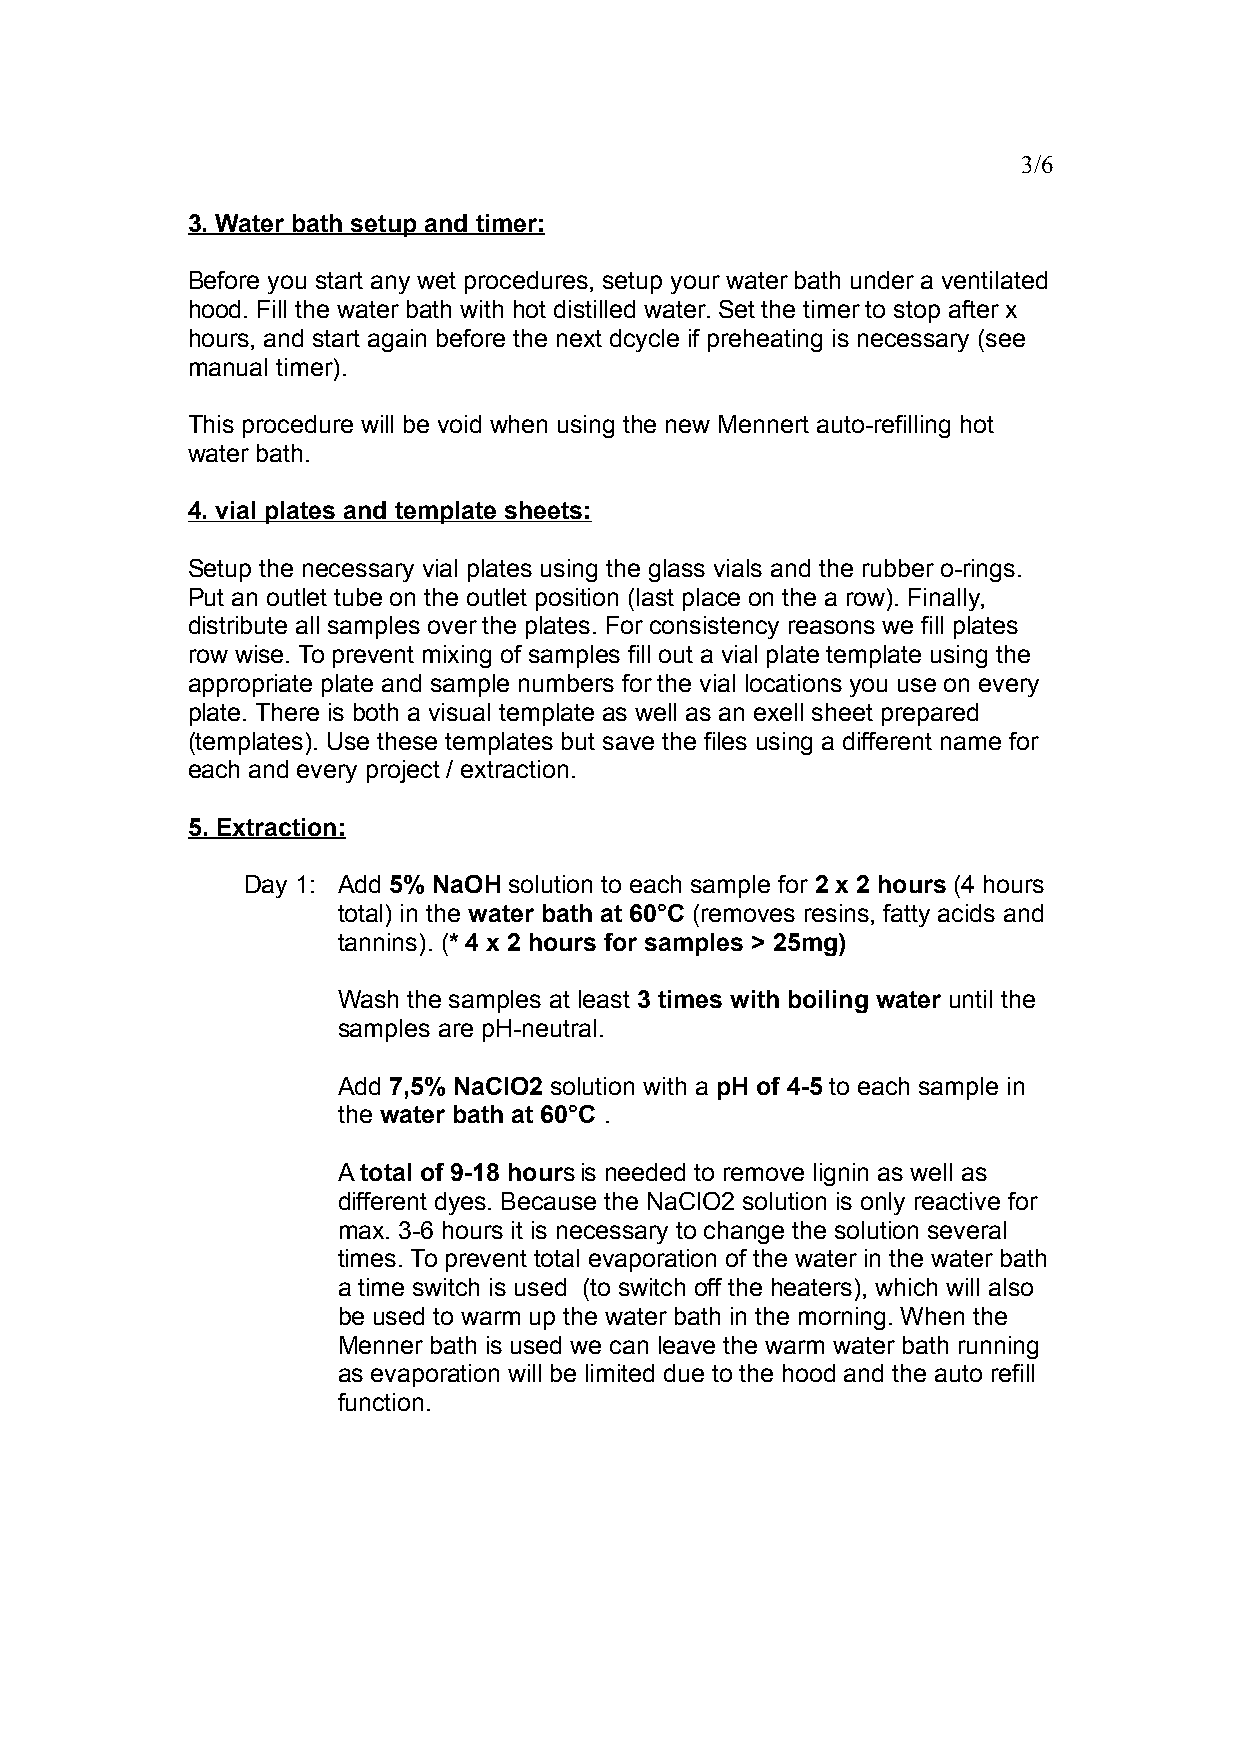
3/6
 3. Water bath setup and timer:
 Before you start any wet procedures, setup your water bath under a ventilated
 hood. Fill the water bath with hot distilled water. Set the timer to stop after x
 hours, and start again before the next dcycle if preheating is necessary (see
 manual timer).
 This procedure will be void when using the new Mennert auto-refilling hot
 water bath.
 4. vial plates and template sheets:
 Setup the necessary vial plates using the glass vials and the rubber o-rings.
 Put an outlet tube on the outlet position (last place on the a row). Finally,
 distribute all samples over the plates. For consistency reasons we fill plates
 row wise. To prevent mixing of samples fill out a vial plate template using the
 appropriate plate and sample numbers for the vial locations you use on every
 plate. There is both a visual template as well as an exell sheet prepared
 (templates). Use these templates but save the files using a different name for
 each and every project / extraction.
 5. Extraction:
 Day 1: Add 5% NaOH solution to each sample for 2 x 2 hours (4 hours
 total) in the water bath at 60°C (removes resins, fatty acids and
 tannins). (* 4 x 2 hours for samples > 25mg)
 Wash the samples at least 3 times with boiling water until the
 samples are pH-neutral.
 Add 7,5% NaClO2 solution with a pH of 4-5 to each sample in
 the water bath at 60°C .
 A total of 9-18 hoursis needed to remove lignin as well as
 different dyes. Because the NaClO2 solution is only reactive for
 max. 3-6 hours it is necessary to change the solution several
 times. To prevent total evaporation of the water in the water bath
 a time switch is used (to switch off the heaters), which will also
 be used to warm up the water bath in the morning. When the
 Menner bath is used we can leave the warm water bath running
 as evaporation will be limited due to the hood and the auto refill
 function.